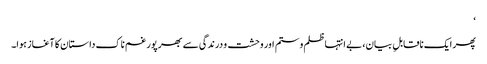
‘
پھر ایک ناقابلِ بیان، بے انتہا ظلم و ستم اور وحشت و درندگی سے بھرپور غم ناک داستان کا آغاز ہوا۔